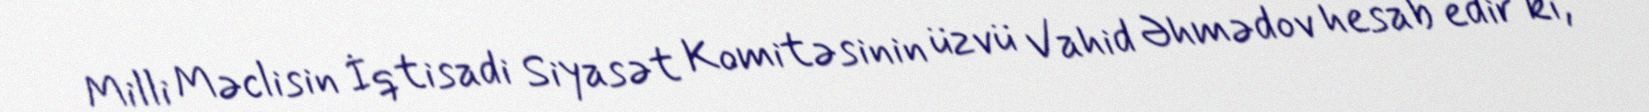
Milli Məclisin İqtisadi Siyasət Komitəsinin üzvü Vahid Əhmədov hesab edir ki,